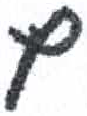
אות: ם